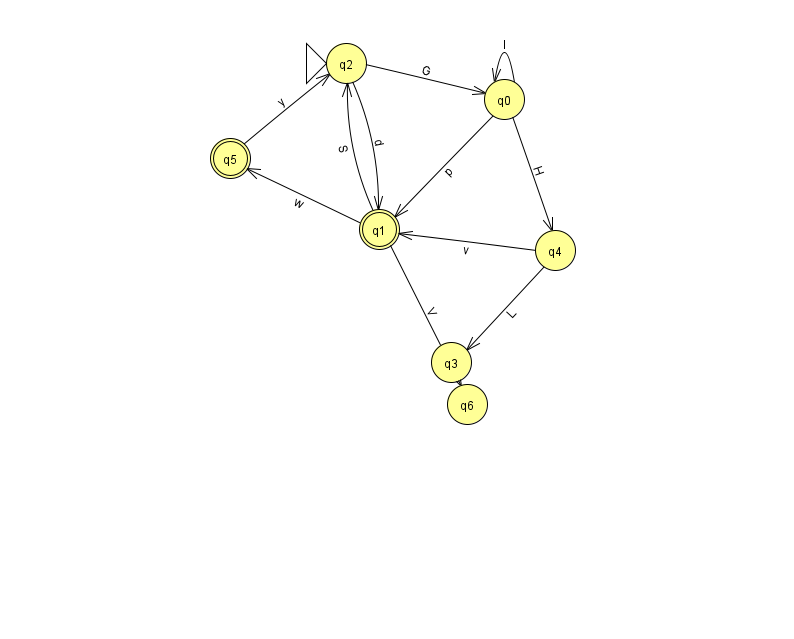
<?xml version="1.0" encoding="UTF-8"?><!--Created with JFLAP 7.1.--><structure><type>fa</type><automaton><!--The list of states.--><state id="0" name="q0"><x>504.0</x><y>86.0</y></state><state id="1" name="q1"><x>379.0</x><y>216.0</y><final/></state><state id="2" name="q2"><x>346.0</x><y>50.0</y><initial/></state><state id="3" name="q3"><x>451.0</x><y>349.0</y></state><state id="4" name="q4"><x>555.0</x><y>237.0</y></state><state id="5" name="q5"><x>230.0</x><y>145.0</y><final/></state><state id="6" name="q6"><x>467.0</x><y>391.0</y></state><!--The list of transitions.--><transition><from>1</from><to>2</to><read>S</read></transition><transition><from>2</from><to>1</to><read>d</read></transition><transition><from>5</from><to>2</to><read>y</read></transition><transition><from>2</from><to>0</to><read>G</read></transition><transition><from>1</from><to>5</to><read>w</read></transition><transition><from>0</from><to>0</to><read>l</read></transition><transition><from>0</from><to>1</to><read>p</read></transition><transition><from>4</from><to>1</to><read>v</read></transition><transition><from>1</from><to>6</to><read>V</read></transition><transition><from>0</from><to>4</to><read>H</read></transition><transition><from>4</from><to>3</to><read>L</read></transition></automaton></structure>